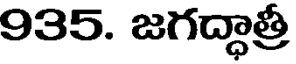
935. జగద్ధాత్రీ